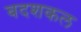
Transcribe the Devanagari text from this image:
बदशकल